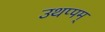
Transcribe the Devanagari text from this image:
उथप्पम्